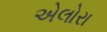
એલોરા